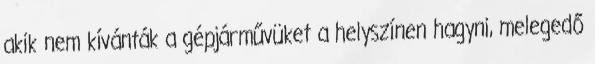
akik nem kívánták a gépjárművüket a helyszínen hagyni, melegedő